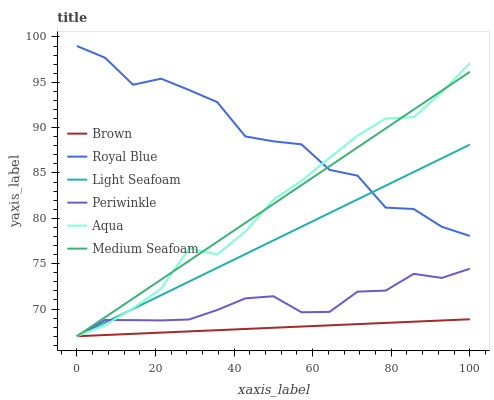
| xaxis_label | Brown | Royal Blue | Light Seafoam | Periwinkle | Aqua | Medium Seafoam |
 | --- | --- | --- | --- | --- | --- | --- |
 | 0 | 67 | 99 | 67 | 67 | 67 | 67 |
 | 7.14 | 67.1 | 97.7 | 68.5 | 68.8 | 68.2 | 69.1 |
 | 14.3 | 67.3 | 94.7 | 70 | 68.8 | 70.1 | 71.2 |
 | 21.4 | 67.4 | 95.4 | 71.5 | 68.7 | 72.3 | 73.2 |
 | 28.6 | 67.5 | 94.1 | 73 | 68.8 | 76.7 | 75.3 |
 | 35.7 | 67.7 | 92.8 | 74.5 | 69.9 | 76 | 77.4 |
 | 42.9 | 67.8 | 89 | 76.1 | 71.2 | 78.5 | 79.5 |
 | 50 | 67.9 | 88.5 | 77.6 | 71.4 | 82 | 81.6 |
 | 57.1 | 68.1 | 88.2 | 79.1 | 69.6 | 84.1 | 83.7 |
 | 64.3 | 68.2 | 85.3 | 80.6 | 69.7 | 86.7 | 85.7 |
 | 71.4 | 68.3 | 84.7 | 82.1 | 71.9 | 89.1 | 87.8 |
 | 78.6 | 68.5 | 81.2 | 83.6 | 72 | 91 | 89.9 |
 | 85.7 | 68.6 | 81 | 85.1 | 73.9 | 91.2 | 92 |
 | 92.9 | 68.7 | 79.1 | 86.6 | 73.4 | 93.9 | 94.1 |
 | 100 | 68.9 | 78.1 | 88.1 | 74.4 | 97.1 | 96.2 |